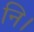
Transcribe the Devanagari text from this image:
नि।